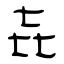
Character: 㐂